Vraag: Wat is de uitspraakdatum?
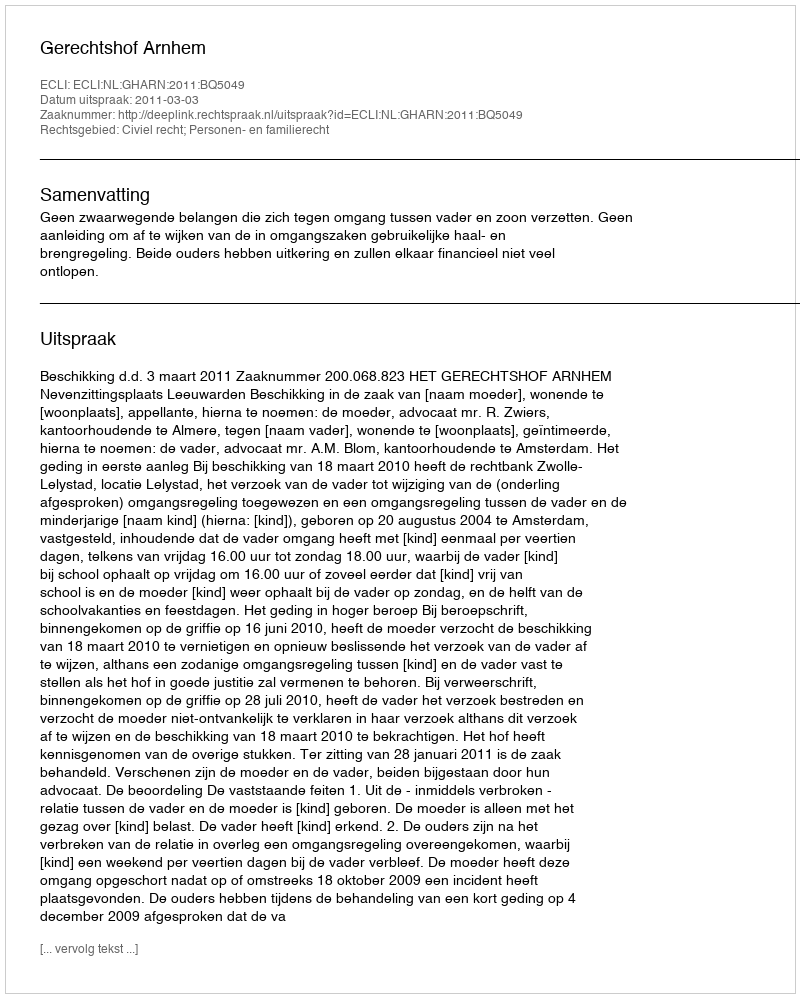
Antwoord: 2011-03-03